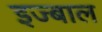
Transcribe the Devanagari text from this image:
इज्बाल